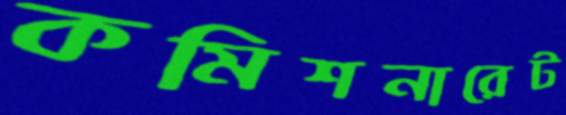
কমিশনারেট